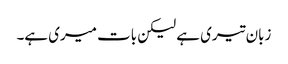
زبان تیری ہے لیکن بات میری ہے۔